Annual report on the lock hospitals of the Madras Presidency
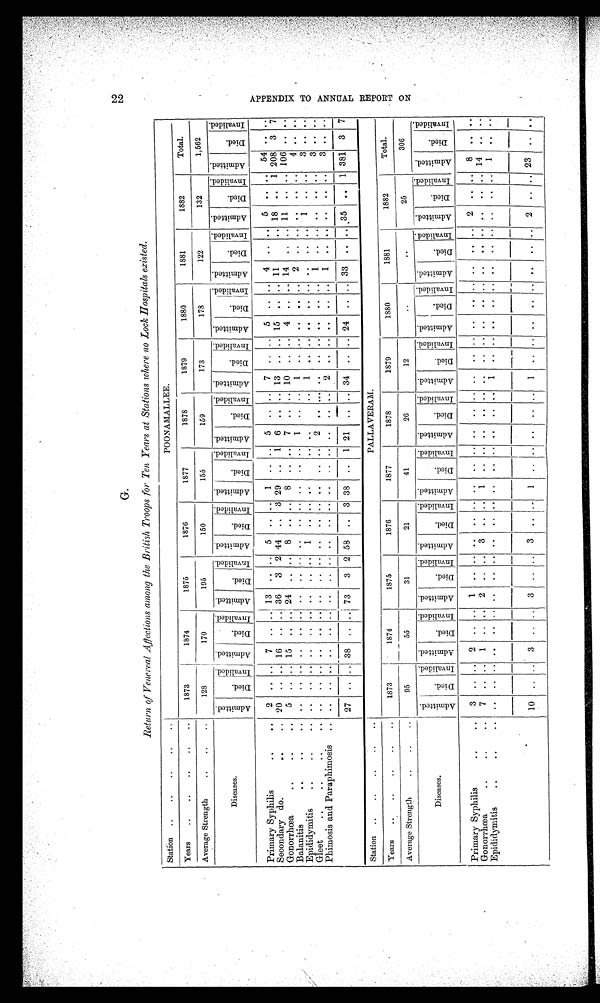
G.
2 2
Return of Venereal Affections among the British Troops for Ten Years at Stations where no Lock Hospitals existed.
Station ..
..
..
..
..
POONAMALLEE.
Total.
Years
..
..
..
..
..
1873
1874
1875
1876
1877
1878
1879
1880
1881
1882
Average Strength
..
..
..
128
170
195
150
155
159
173
178
122
132
1,562
Diseases.
A d m i t t e d .
Di ed.
Inval i ded.
A d m i t t e d .
Di e d .
I n v a l i d e d . Admi t t ed.
D i e d .
I n v a l i d e d .
A d m i t t e d .
Died.
I n v a l i d e d . A d m i t t e d .
Died.
I n v a l i d e d . A d m i t t e d .
D i e d .
I n v a l i d e d .
Admi t t ed.
Di ed.
I n v a l i d e d .
Admi t t ed.
Di e d . I n v a l i d e d . A d m i t t e d .
Died.
I n v a l i d e d . A d m i t t e d .
Di e d.
I n v a l i d e d . A d m i t t e d .
D i e d .
I n v a l i d e d .
Primary Syphilis
..
..
2 .. .. 7 .. .. 13 .. .. 5 .. .. 1 .. .. 5 .. .. 7 .. .. 5 .. .. 4 .. .. 5
.. ..
54 .. ..
Secondary do.
..
.. 20 .. .. 16 .. .. 36
3 2 44 .. 3 29 .. 1 6 .. .. 13 .. .. 15 .. .. 11 ..
..
1 8 ..
1
2 0 8
3
7
Gonorrhœa
..
..
..
5 .. ..
1 5 ..
..
2 4 .. .. 8 .. .. 8 .. .. 7 .. ..
1 0 .. .. 4 .. .. 14 ..
..
1 1 .. ..
1 0 6 .. ..
Balanitis
..
..
..
.. .. ..
..
.. ..
..
.. ..
.. .. ..
..
..
1 .. .. 1 ..
.. ..
..
..
2 ..
..
. . .. ..
4 . . ..
Epididymitis
..
..
..
.. .. ..
..
.. ..
..
..
1 .. .. ..
..
.. .. ..
..
1 .. .. .. .. .. .. .. ..
1 .. ..
3 ..
..
Gleet .. .. .. ..
..
.. .. ..
..
.. ..
..
.. ..
..
.. ..
..
..
2 ..
..
. . ..
.. ..
..
..
1 ..
.. ..
.. ..
3 .. ..
Phimosis and Paraphimosis
.. .. .. .. ..
.. .. ..
.. .. .. .. ..
. . .. .. . .
. . ..
2 .. .. ..
.. .. 1 .. .. ..
.. ..
3 .. ..
27 .. .. 38 .. .. 73
3 2 58 .. 3 38 .. 1 21 .. .. 34 .. .. 24 .. .. 33 .. .. 35 .. 1 381 3 7
Station ..
..
..
..
..
PALLAVERAM.
Total.
Years
..
..
..
..
..
1873
1874
1875
1876
1877
1878
1879
1880
1881
1882
Average Strength
..
..
95
55
31
21
41
26
12
. .
. .
25
306
Diseases.
A d m i t t e d .
Died.
I n v a l i d e d . A d m i t t e d .
D i e d .
I n v a l i d e d . A d m i t t e d .
Di ed.
I n v a l i d e d .
A d m i t t e d .
D i e d .
I n v a l i d e d . A d m i t t e d .
Died.
I n v a l i d e d .
A d m i t t e d .
D i e d .
I n v a l i d e d .
Admi t t e d.
Di ed.
I n v a l i d e d . Admi t t e d.
Di e d.
I n v a l i d e d .
A d m i t t t e d .
Di ed.
I n v a l i d e d . A d m i t t e d .
Di e d.
I n v a l i d e d .
A d m i t t e d .
D i e d .
I n v a l i d e d .
Primary Syphilis
..
..
3 .. ..
2 ..
..
1 ..
.. ..
.. .. ..
..
.. ..
..
.. ..
..
.. ..
..
..
.. ..
..
2 .. ..
8 ..
..
Gonorrhœa .. .. ..
7 .. .. 1 .. .. 2 .. .. 3 .. .. 1 ..
.. ..
..
.. ..
..
.. ..
..
..
.. ..
.. ..
.. .. 14 .. ..
Epididymitis .. . .
. .
..
.. .. ..
..
.. ..
..
.. ..
..
.. ..
..
.. ..
..
.. ..
..
.. ..
..
..
.. ..
.. ..
.. ..
1 ..
..
10 .. .. 3 .. .. 3 .. .. 3
..
..
1 ..
.. ..
..
.. ..
..
.. ..
..
..
.. ..
.. .. 23
. . ..
.. 2
A P P E N D I X T O A N N U A L R E P O R T O N